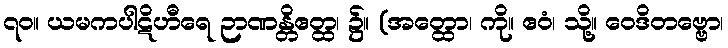
၇၀။ ယမကပါဋိဟီရေ ဉာဏန္တိဧတ္ထ၊ ၌။ (အတ္ထော၊ ကို။ ဧဝံ၊ သို့။ ဝေဒိတဗ္ဗော၊